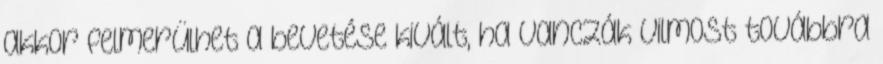
akkor felmerülhet a bevetése kivált, ha Vanczák Vilmost továbbra